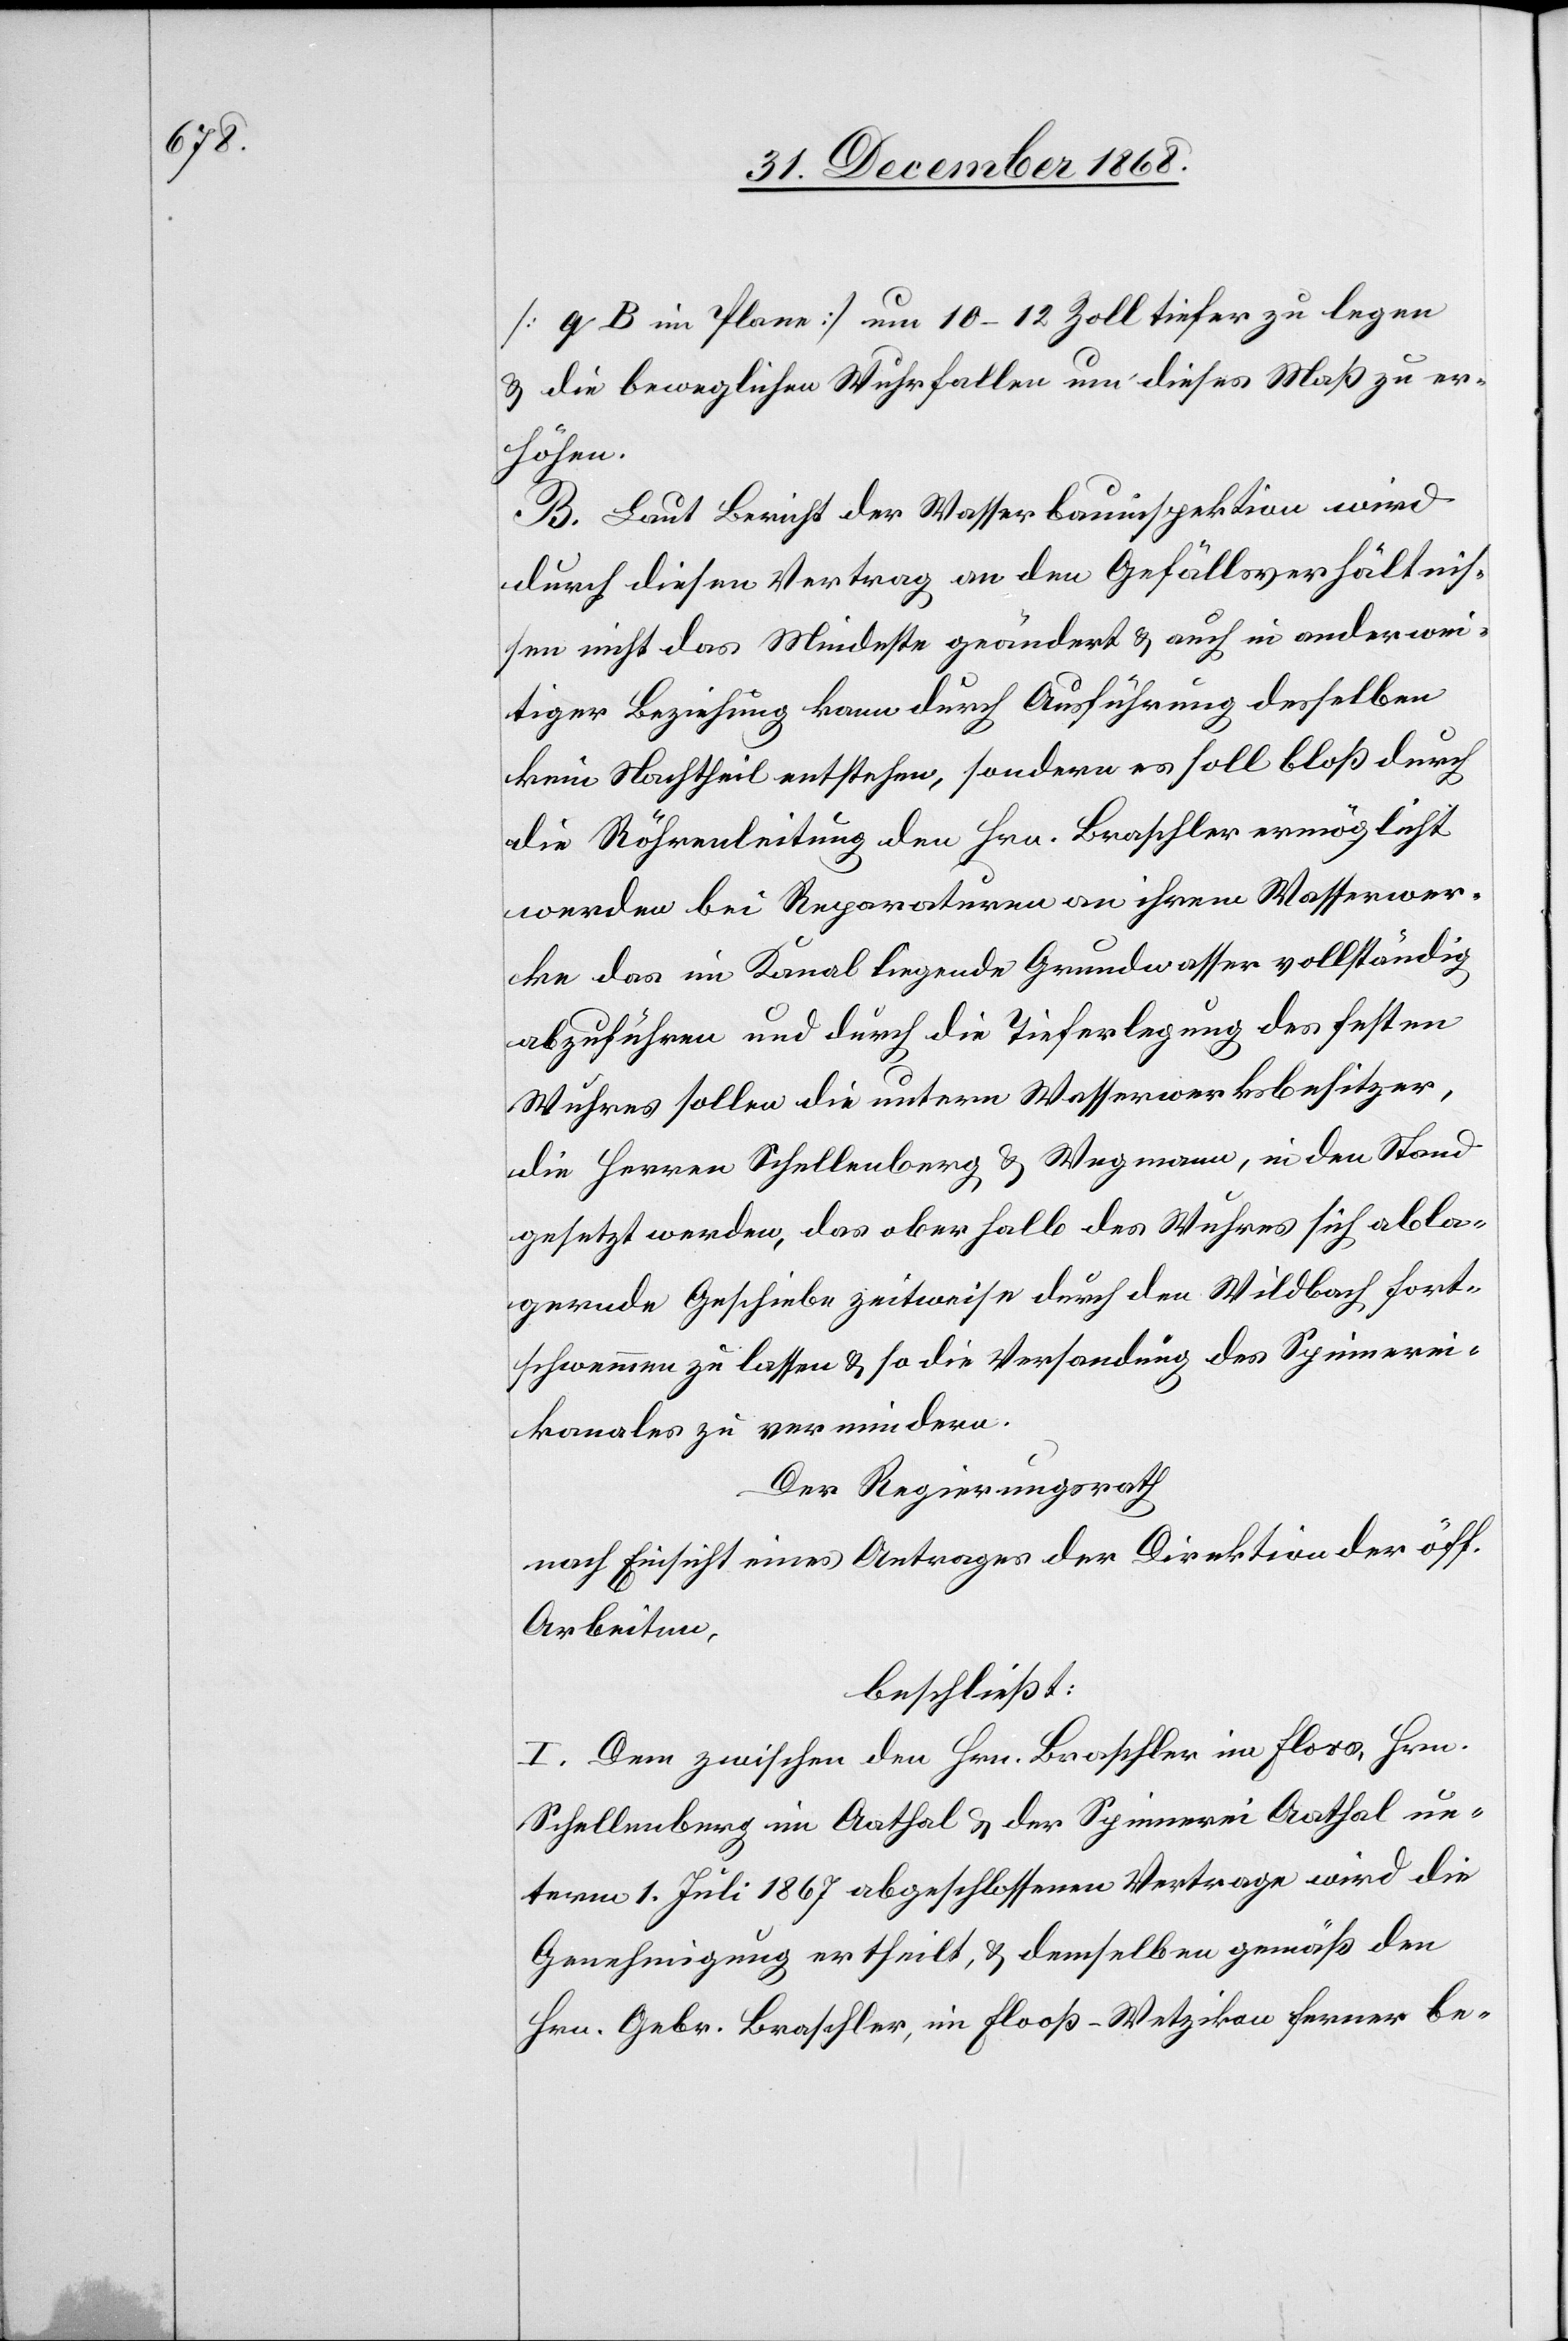
[q B im Plane] um 10–12 Zoll tiefer zu legen
& die beweglichen Wuhrfallen um dieses Maß zu er¬
höhen.
B. Laut Bericht der Wasserbauinspektion wird
durch diesen Vertrag an den Gefällsverhältnis¬
sen nicht das Mindeste geändert & auch in anderwei¬
tiger Beziehung kann durch Ausführung desselben
kein Nachtheil entstehen, sondern es soll bloß durch
die Röhrenleitung den Hrn. Braschler ermöglicht
werden bei Reparaturen an ihrem Wasserwer¬
ke das im Kanal liegende Grundwasser vollständig
abzuführen und durch die Tieferlegung des festen
Wuhres sollen die untern Wasserwerksbesitzer,
die Herren Schellenberg & Wegmann, in den Stand
gesetzt werden, das oberhalb des Wuhres sich abla¬
gernde Geschiebe zeitweise durch den Wildbach fort¬
schwemmen zu lassen & so die Versandung des Spinnerei¬
kanales zu vermindern.
Der Regierungsrath
nach Einsicht eines Antrages der Direktion der öff.
Arbeiten,
beschließt:
I. Dem zwischen den Hrn. Braschler im Floos, Hrn.
Schellenberg im Aathal & der Spinnerei Aathal un¬
term 1. Juli 1867 abgeschlossenen Vertrage wird die
Genehmigung ertheilt, & demselben gemäß den
Hrn. Gebr. Braschler, im Flooß - Wetzikon ferner be-